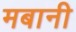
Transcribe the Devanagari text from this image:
मबानी